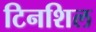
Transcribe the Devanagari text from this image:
टिनशिल